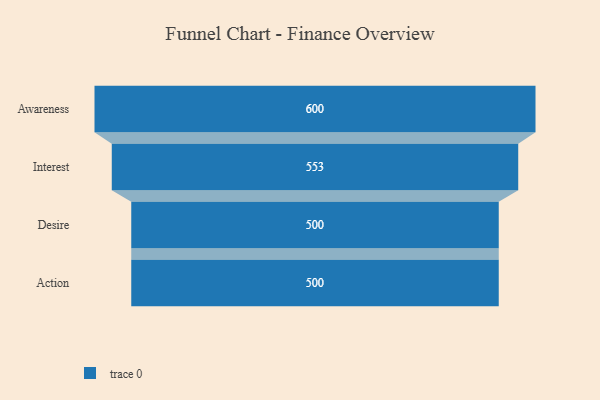
{"axis": {"x": "Stage", "y": "Value"}, "legend": [""], "data": [{"x": "Awareness", "y": 600.0, "type": ""}, {"x": "Interest", "y": 553.0, "type": ""}, {"x": "Desire", "y": 500, "type": ""}, {"x": "Action", "y": 500, "type": ""}]}